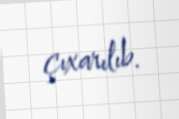
çıxarılıb.